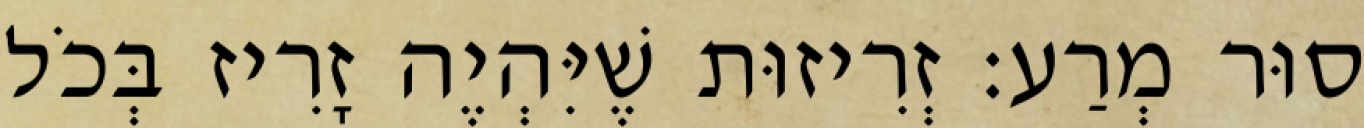
סוּר מְרַע: זְרִיזוּת שֶׁיִּהְיֶה זָרִיז בְּכֹל